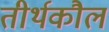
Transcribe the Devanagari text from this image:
तीर्थकौल